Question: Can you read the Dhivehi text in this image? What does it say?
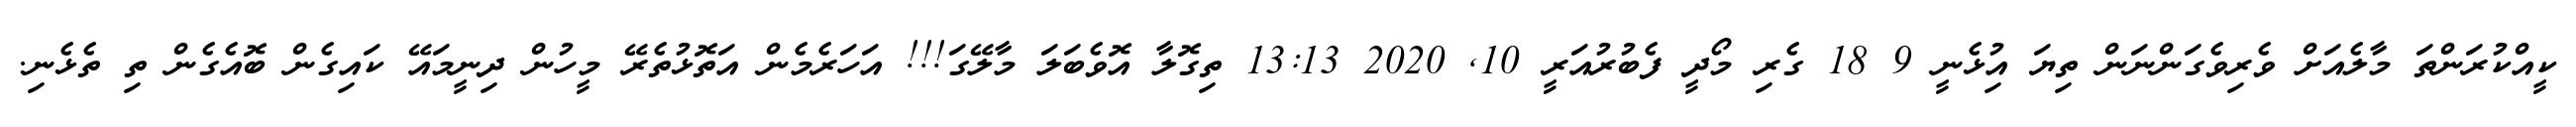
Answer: ކީއްކުރަންތަ މާލެއަށް ވެރިވެގަންނަން ތިޔަ އިުޅެނީ 9 18 ގެރި މޯދީ ފެބުރުއަރީ 10, 2020 13:13 ތިގޮލާ އޮވެބަލަ މާލޭގަ!!! އަހަރެމެން އަތޮޅުތެރޭ މީހުން ދިނީމައޭ ކައިގެން ބޮއެގެން ތި ތެޅެނި.